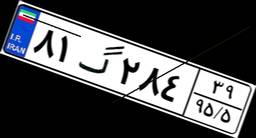
۸۱گ۲۸۴۳۹